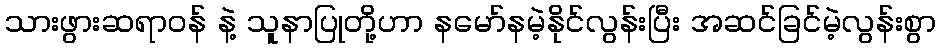
သားဖွားဆရာဝန် နဲ့ သူနာပြုတို့ဟာ နမော်နမဲ့နိုင်လွန်းပြီး အဆင်ခြင်မဲ့လွန်းစွာ